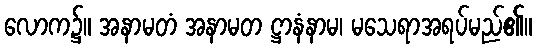
လောက၌။ အနာမတံ အနာမတ ဋ္ဌာနံနာမ၊ မသေရာအရပ်မည်၏။